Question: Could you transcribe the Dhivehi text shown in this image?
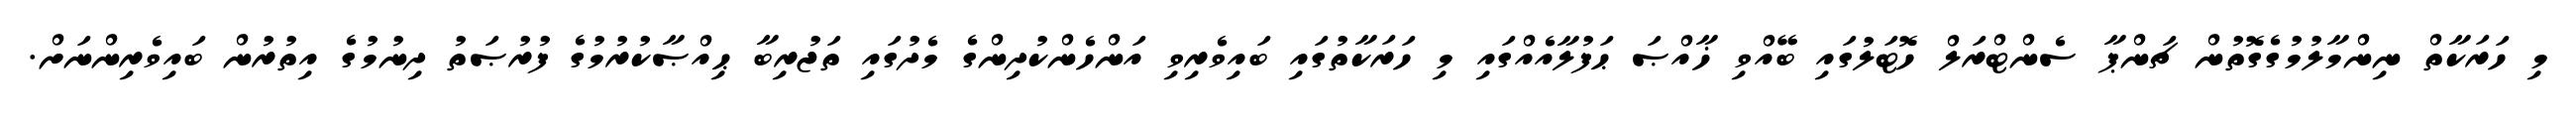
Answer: މި ހަރަކާތް ނިންމާލުމުގެގޮތުން ޗަންޕާ ސެންޓްރަލް ހޮޓަލުގައި ބޭއްވި ޚާއްޞަ ޙަފުލާއެއްގައި މި ހަރަކާތުގައި ބައިވެރިވި އަންހެންކުދިންގެ މެދުގައި ތަޖުރިބާ ޙިއްޞާކުރުމުގެ ފުރުޞަތު ދިނުމުގެ އިތުރުން ބައިވެރިންނަށް.